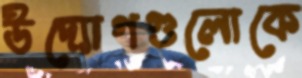
উদ্যোগগুলোকে